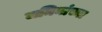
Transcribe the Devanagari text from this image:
जमिनांच्या